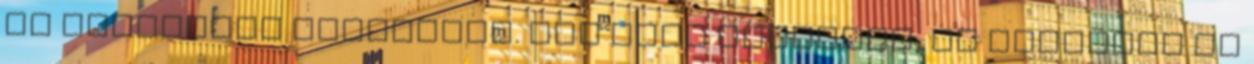
az extraszűz olívaolaj. Nem csak lábunkon, de kezünkön is